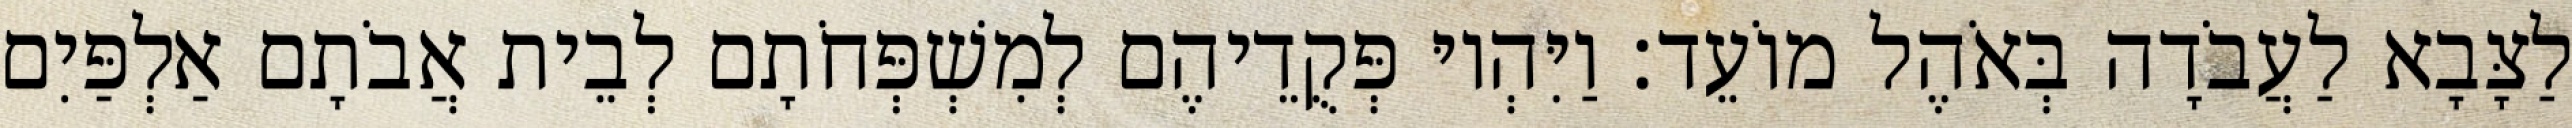
לַצָּבָא לַעֲבֹדָה בְּאֹהֶל מוֹעֵד׃ וַיִּהְיוּ פְּקֻדֵיהֶם לְמִשְׁפְּחֹתָם לְבֵית אֲבֹתָם אַלְפַּיִם